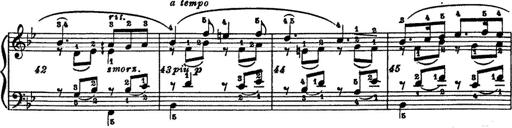
Title: 6 Polish Songs
Composer: Franz Liszt